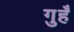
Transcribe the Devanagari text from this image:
गुहँ